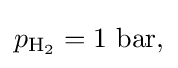
p_{\mathrm {H_{2}} }=1{\text{ bar,}}